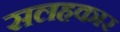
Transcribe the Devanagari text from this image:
सलहकार